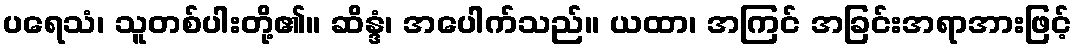
ပရေသံ၊ သူတစ်ပါးတို့၏။ ဆိန္ဒံ၊ အပေါက်သည်။ ယထာ၊ အကြင် အခြင်းအရာအားဖြင့်